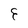
Character: E